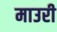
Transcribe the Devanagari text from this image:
माउरी